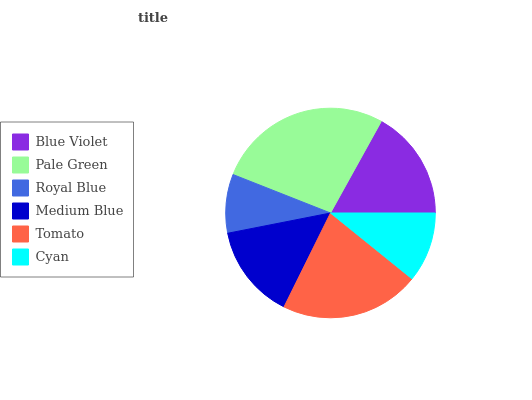
| Blue Violet | Pale Green | Royal Blue | Medium Blue | Tomato | Cyan |
 | --- | --- | --- | --- | --- | --- |
 | 16.9% | 27.1% | 9.08% | 14.6% | 21.5% | 10.8% |